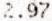
2.97